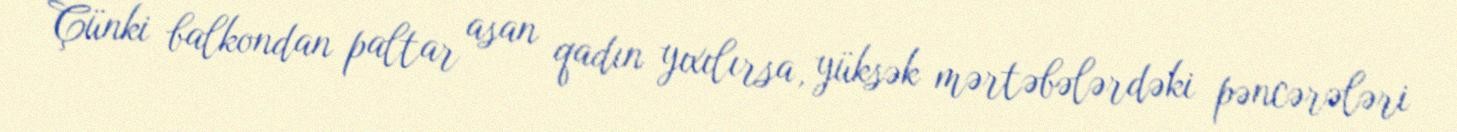
Çünki balkondan paltar asan qadın yıxılırsa, yüksək mərtəbələrdəki pəncərələri